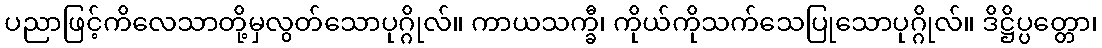
ပညာဖြင့်ကိလေသာတို့မှလွတ်သောပုဂ္ဂိုလ်။ ကာယသက္ခီ၊ ကိုယ်ကိုသက်သေပြုသောပုဂ္ဂိုလ်။ ဒိဋ္ဌိပ္ပတ္တော၊